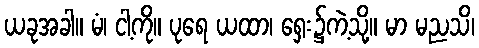
ယခုအခါ။ မံ၊ ငါ့ကို။ ပုရေ ယထာ၊ ရှေး၌ကဲ့သို့။ မာ မညသိ၊